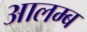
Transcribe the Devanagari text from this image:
आलम्ब